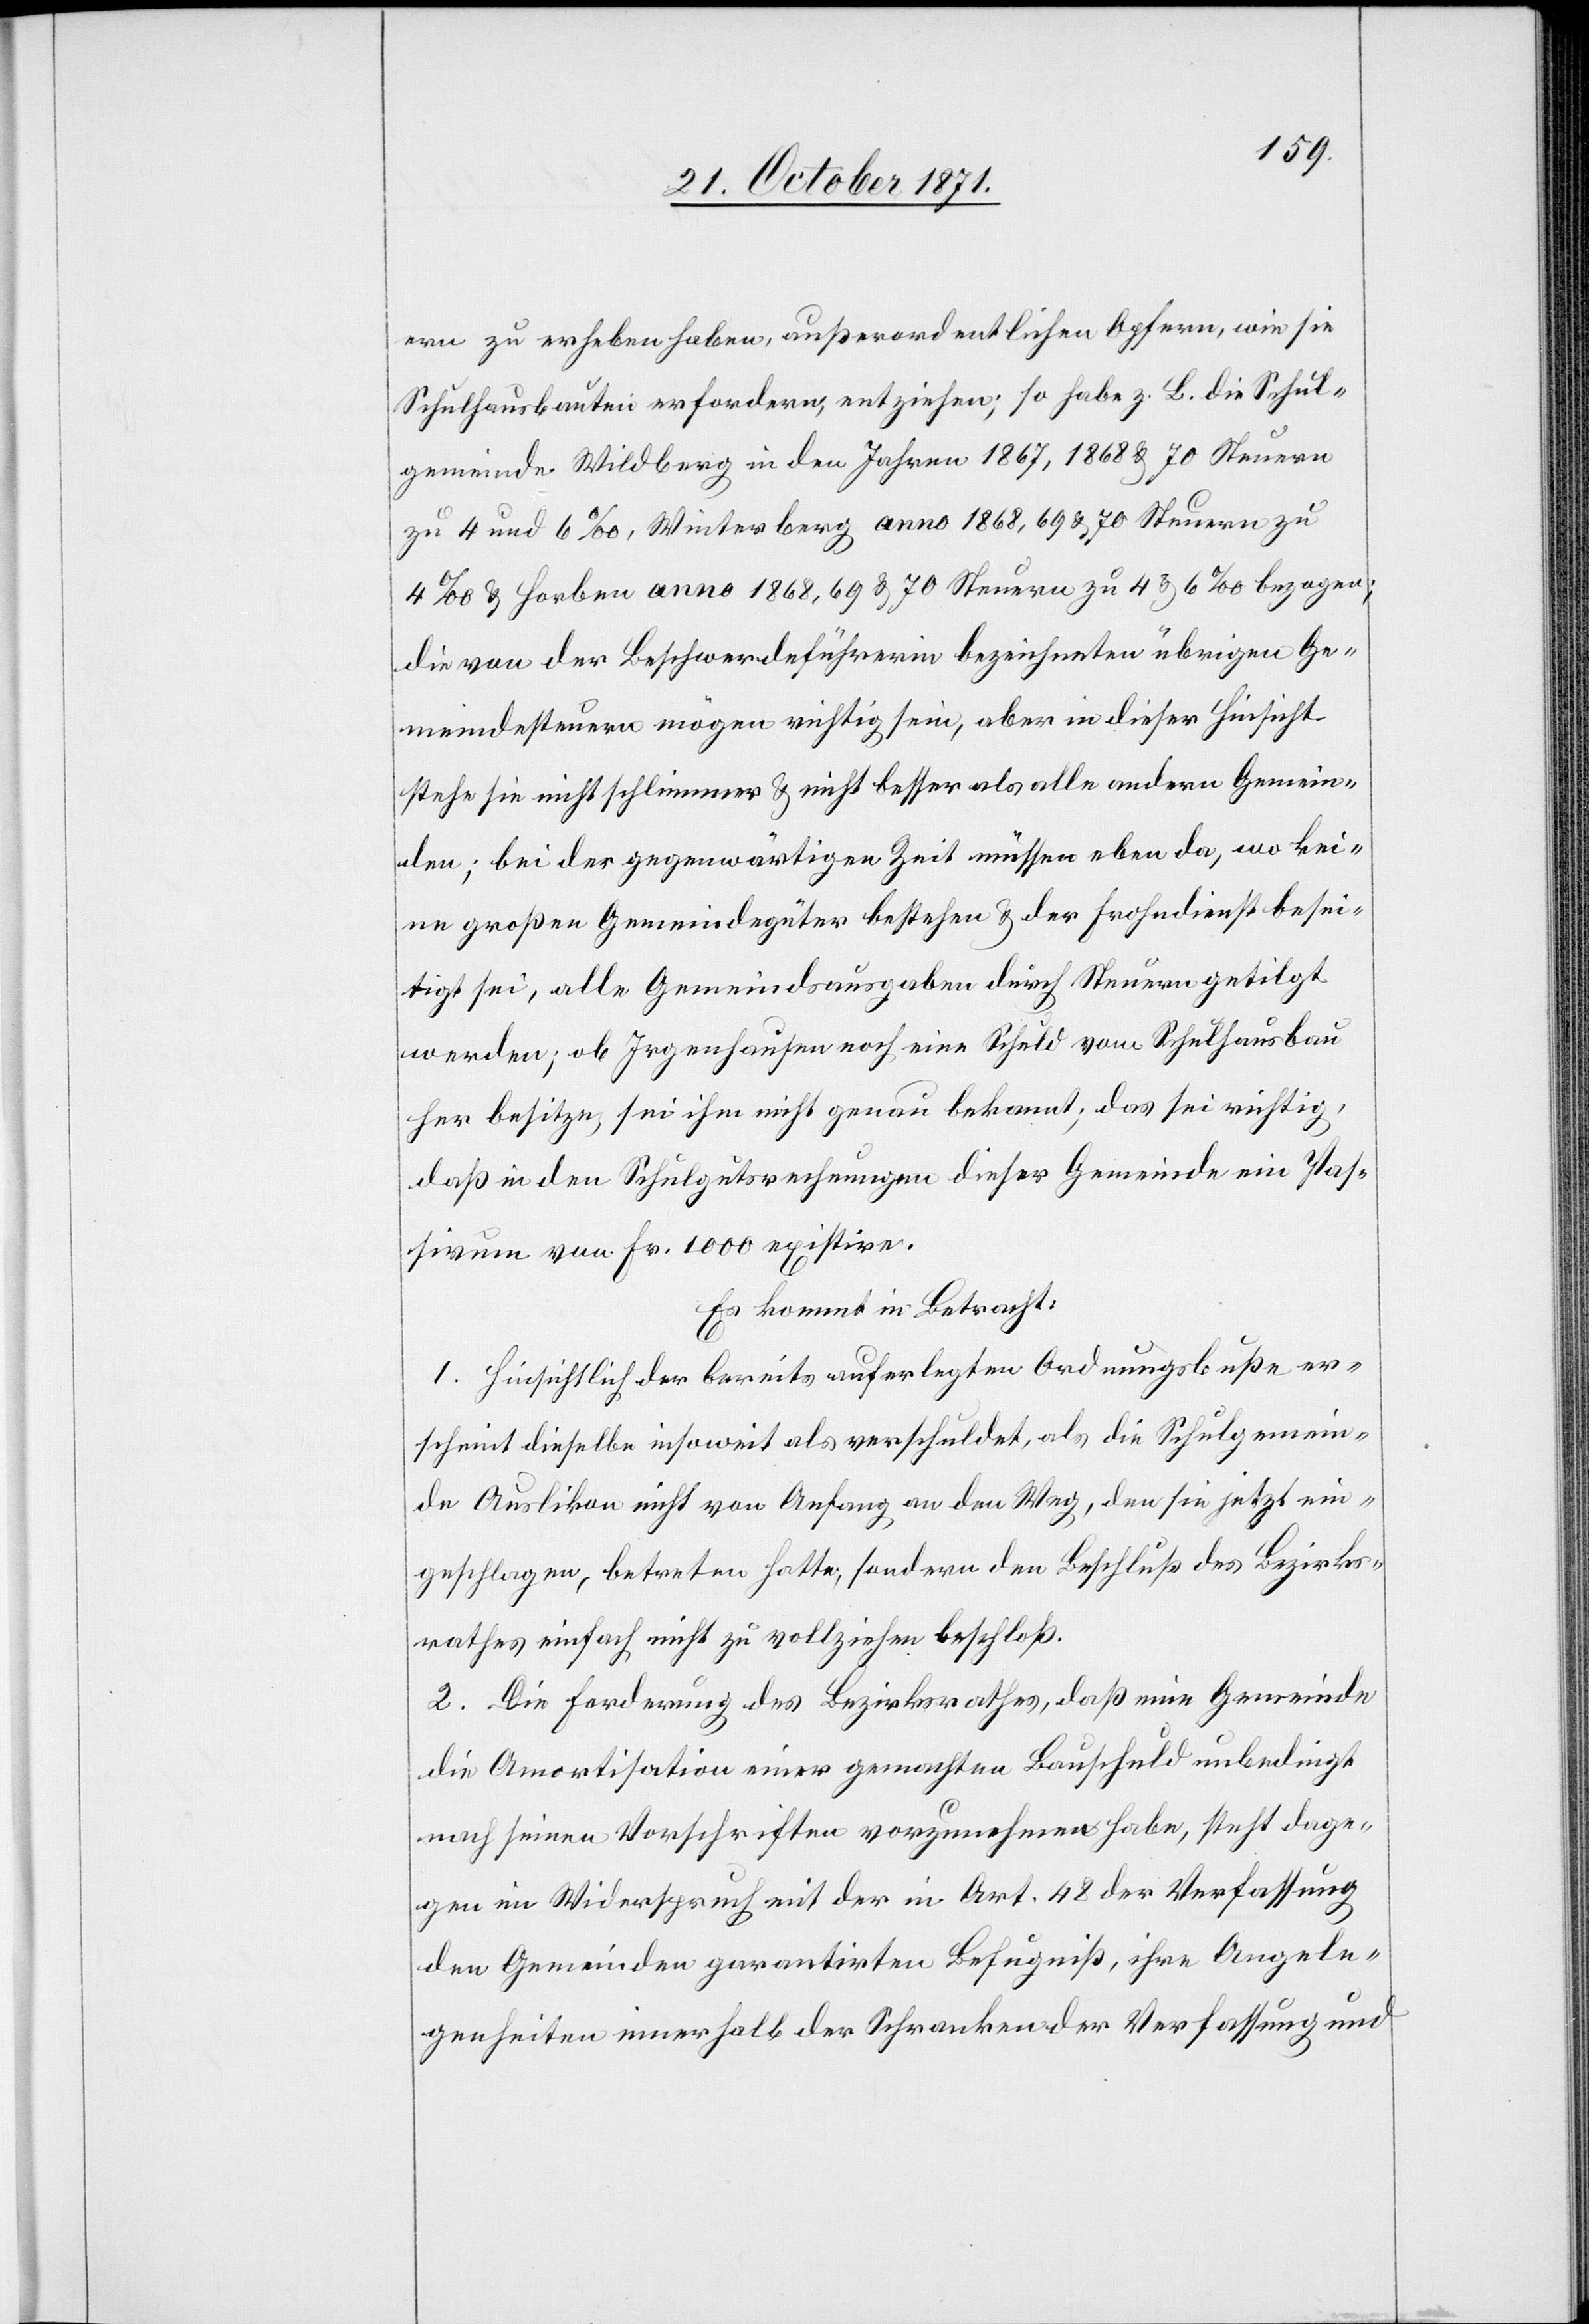
ern zu erheben haben, außerordentlichen Opfern, wie sie
Schulhausbauten erfordern, entziehen; so habe z. B. die Schul¬
gemeinde Wildberg in den Jahren 1867, 1868 & 70 Steuern
zu 4 und 6‰, Winterberg anno 1868, 69 & 70 Steuern zu
4‰ & Horben anno 1868, 69 & 70 Steuern zu 4 & 6‰ bezogen;
die von der Beschwerdeführerin bezeichneten übrigen Ge¬
meindesteuern mögen richtig sein, aber in dieser Hinsicht
stehe sie nicht schlimmer & nicht besser als alle andern Gemein¬
den; bei der gegenwärtigen Zeit müssen eben da, wo kei¬
ne großen Gemeindegüter bestehen & der Frohndienst besei¬
tigt sei, alle Gemeindsausgaben durch Steuern getilgt
werden; ob Irgenhausen noch eine Schuld vom Schulhausbau
her besitze, sei ihm nicht genau bekannt; das sei richtig,
daß in den Schulgutsrechnungen dieser Gemeinde ein Pas¬
sivum von Fr. 1000 existire.
Es kommt in Betracht:
1. Hinsichtlich der bereits auferlegten Ordnungsbuße er¬
scheint dieselbe insoweit als verschuldet, als die Schulgemein¬
de Auslikon nicht von Anfang an den Weg, den sie jetzt ein¬
geschlagen, betreten hatte, sondern den Beschluß des Bezirks¬
rathes einfach nicht zu vollziehen beschloß.
2. Die Forderung des Bezirksrathes, daß eine Gemeinde
die Amortisation einer gemachten Bauschuld unbedingt
nach seinen Vorschriften vorzunehmen habe, steht dage¬
gen im Widerspruch mit der in Art. 48 der Verfassung
den Gemeinden garantirten Befugniß, ihre Angele¬
genheiten innerhalb der Schranken der Verfassung und